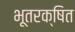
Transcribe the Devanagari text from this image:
भूतरक्षित